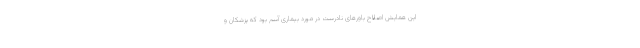
این همایش اصلاح باورهای نادرست در مورد بیماری آسم بود که پزشکان و